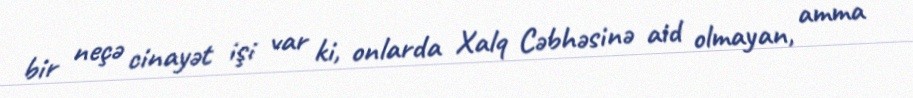
bir neçə cinayət işi var ki, onlarda Xalq Cəbhəsinə aid olmayan, amma